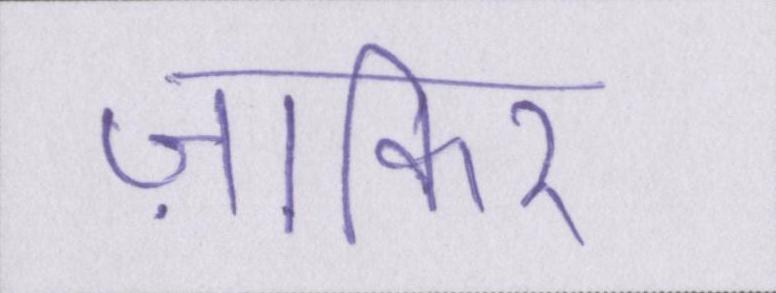
ज़ाकिर